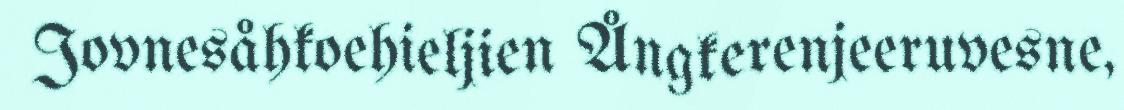
Jovnesåhkoehieljien Ångkerenjeeruvesne,